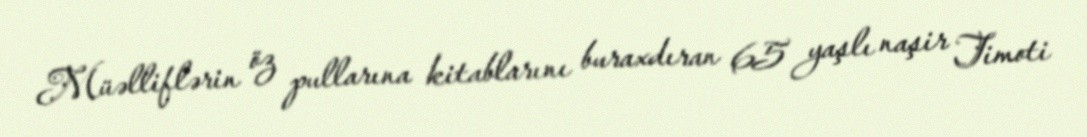
Müəlliflərin öz pullarına kitablarını buraxdıran 65 yaşlı naşir Timoti